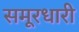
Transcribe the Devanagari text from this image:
समूरधारी